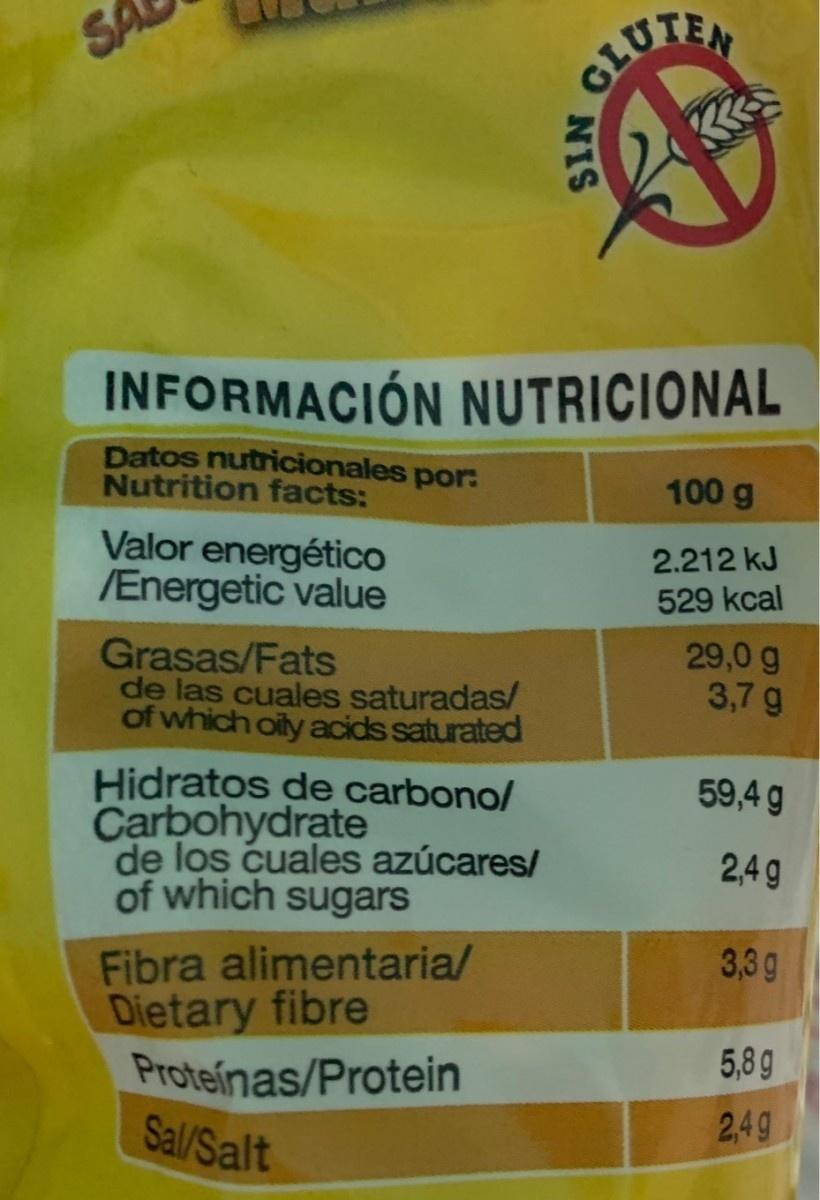
SA OLUTEN INFORMACIÓN NUTRICIONAL Datos nutricionales por: Nutrition facts: 100 g Valor energético /Energetic value 2.212 kJ 529 kcal Grasas/Fats de las cuales saturadas/ of which oily acids saturated 29,0 g 3,7 g Hidratos de carbono/ Carbohydrate de los cuales azúcares/ of which sugars 59,4 g 2,4 g Fibra alimentaria/ Dietary fibre Proteinas/Protein Sal/Salt 3,3g 5,8g 2,4g NIS